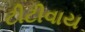
ટીટીવાય